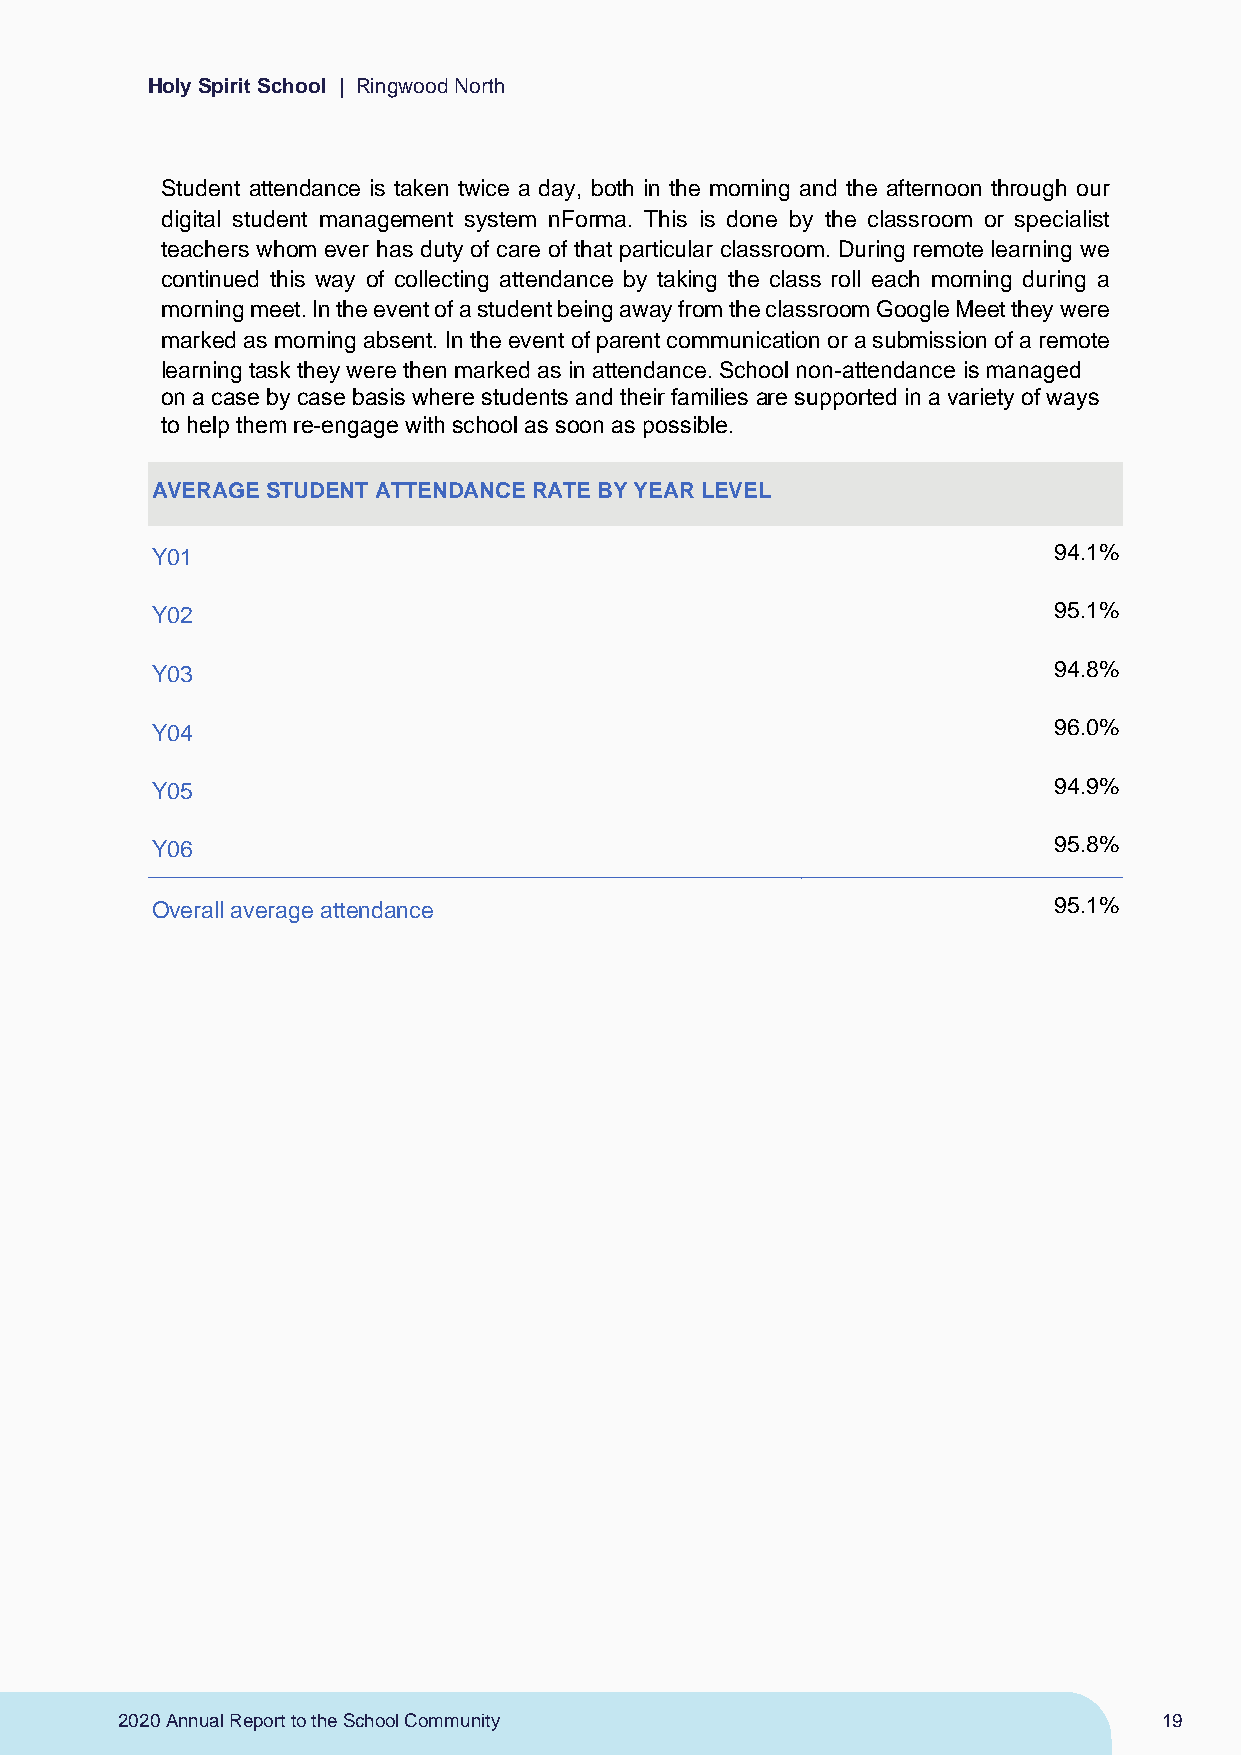
Holy Spirit School | Ringwood North
 Student attendance is taken twice a day, both in the morning and the afternoon through our
 digital student management system nForma. This is done by the classroom or specialist
 teachers whom ever has duty of care of that particular classroom. During remote learning we
 continued this way of collecting attendance by taking the class roll each morning during a
 morning meet. In the event of a student being away from the classroom Google Meet they were
 marked as morning absent. In the event of parent communication or a submission of a remote
 learning task they were then marked as in attendance. School non-attendance is managed
 on a case by case basis where students and their families are supported in a variety of ways
 to help them re-engage with school as soon as possible.
 AVERAGE STUDENT ATTENDANCE RATE BY YEAR LEVEL
 Y01                                                         94.1%
 Y02                                                         95.1%
 Y03                                                         94.8%
 Y04                                                         96.0%
 Y05                                                         94.9%
 Y06                                                         95.8%
 Overall average attendance                                  95.1%
 2020 Annual Report to the School Community                           19